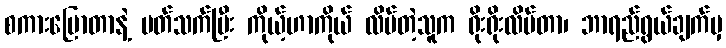
စကားပြောတာနဲ့ ပတ်သက်ပြီး ကိုယ့်ဟာကိုယ် လိမ်တဲ့သူက ရိုးရိုးလိမ်တာ၊ ဘာရည်ရွယ်ချက်မှ